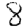
Digit: 8